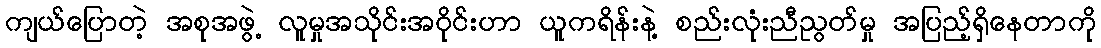
ကျယ်ပြောတဲ့ အစုအဖွဲ့ လူမှုအသိုင်းအဝိုင်းဟာ ယူကရိန်းနဲ့ စည်းလုံးညီညွတ်မှု အပြည့်ရှိနေတာကို